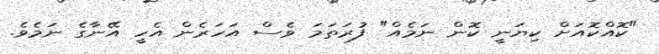
"ކޮއްކޮއަށް ކިޔަނީ ކޮން ނަމެއް" ފުރަތަމަ ވެސް އަހަރެން އެހީ އޭނާގެ ނަމެވެ.